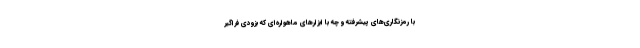
با رمزنگاری‌های پیشرفته و چه با ابزارهای ماهواره‌ای که بزودی فراگیر